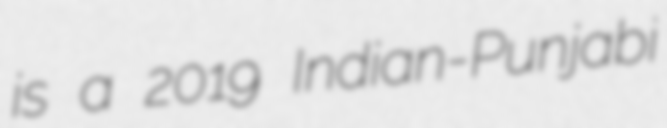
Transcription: is a 2019 Indian-Punjabi